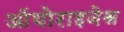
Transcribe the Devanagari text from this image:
ऑथोराइजेश्न